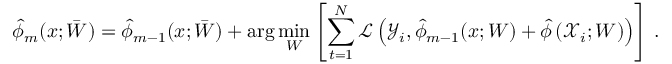
\hat { \phi } _ { m } ( x ; \bar { W } ) = \hat { \phi } _ { m - 1 } ( x ; \bar { W } ) + \arg \operatorname* { m i n } _ { W } \left[ \sum _ { t = 1 } ^ { N } \mathcal { L } \left( \mathcal { Y } _ { i } , \hat { \phi } _ { m - 1 } ( x ; W ) + \hat { \phi } \left( \mathcal { X } _ { i } ; W \right) \right) \right] \, .